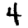
Digit: 4